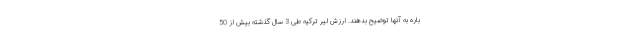
باره به آنها توضیح بدهند. ارزش لیر ترکیه طی 3 سال گذشته بیش از 50